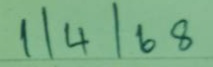
1/4/68